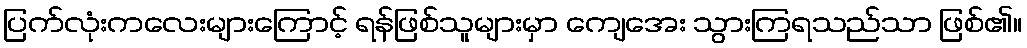
ပြက်လုံးကလေးများကြောင့် ရန်ဖြစ်သူများမှာ ကျေအေး သွားကြရသည်သာ ဖြစ်၏။